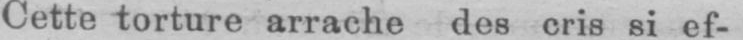
Cette torture arrache des cris si ef-